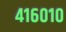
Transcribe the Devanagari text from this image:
४१६०१०